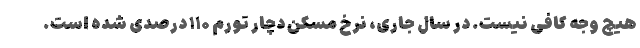
هیچ وجه کافی نیست. در سال جاری، نرخ مسکن دچار تورم ۱۱۰ درصدی شده است.